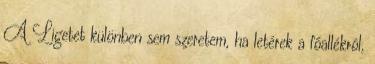
A Ligetet különben sem szeretem, ha letérek a főallékról,